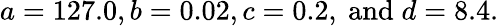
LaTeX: a=127.0,b=0.02,c=0.2,\mathrm{~and}\; d=8.4.